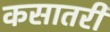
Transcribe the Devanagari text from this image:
कसातरी